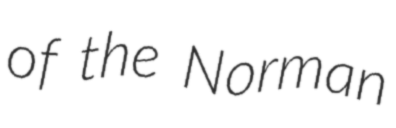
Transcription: of the Norman